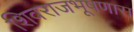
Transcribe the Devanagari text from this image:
शिवराजभूषणास